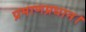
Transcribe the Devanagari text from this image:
प्रमाणप्रधान।